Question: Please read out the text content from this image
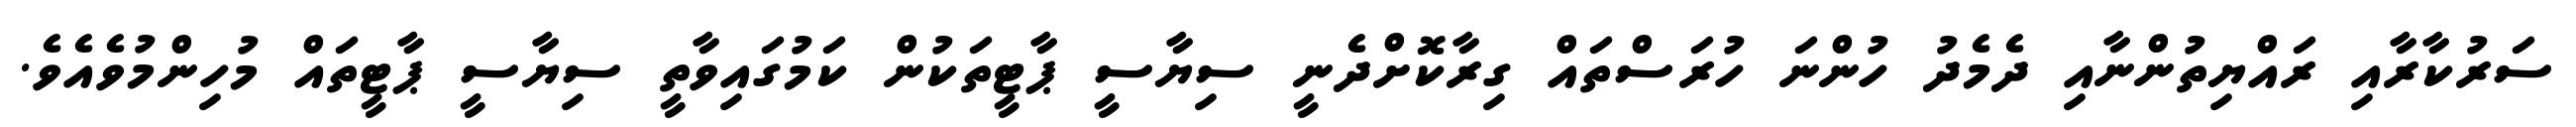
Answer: ސަރުކާރާއި ރައްޔިތުންނާއި ދެމެދު ހުންނަ ހުރަސްތައް ގިރާކޮށްދެނީ ސިޔާސީ ޕާޓީތަކުން ކަމުގައިވާތީ ސިޔާސީ ޕާޓީތައް މުހިންމުވެއެވެ.